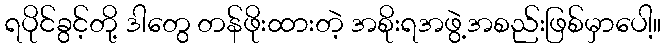
ရပိုင်ခွင့်တို့ ဒါတွေ တန်ဖိုးထားတဲ့ အစိုးရအဖွဲ့အစည်းဖြစ်မှာပေါ့။